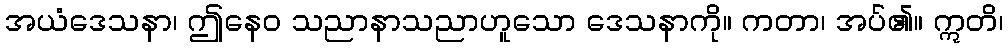
အယံဒေသနာ၊ ဤနေဝ သညာနာသညာဟူသော ဒေသနာကို။ ကတာ၊ အပ်၏။ ဣတိ၊